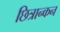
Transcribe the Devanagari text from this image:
छित्रान्कन